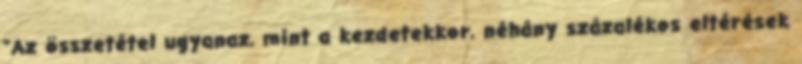
"Az összetétel ugyanaz, mint a kezdetekkor, néhány százalékos eltérések